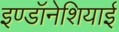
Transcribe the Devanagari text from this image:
इण्डॉनेशियाई